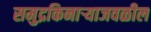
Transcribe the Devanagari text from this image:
समुद्रकिनाऱ्याजवळील